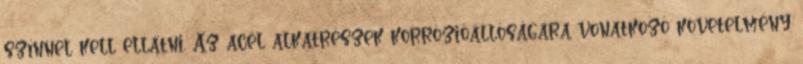
színnel kell ellátni. Az acél alkatrészek korrózióállóságára vonatkozó követelmény